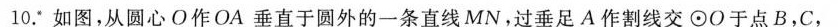
10.如图，从圆心O作OA垂直于圆外的一条直线MN。过垂足A作割线交\odot O于点B，C，